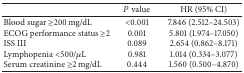
<table><thead><tr><td><b> </b></td><td><b><i>P</i> value</b></td><td><b>HR (95% CI)</b></td></tr></thead><tbody><tr><td>Blood sugar ≥200 mg/dL</td><td>&lt;0.001</td><td>7.846 (2.512–24.503)</td></tr><tr><td>ECOG performance status ≥2</td><td>0.001</td><td>5.801 (1.974–17.050)</td></tr><tr><td>ISS III</td><td>0.089</td><td>2.654 (0.862–8.171)</td></tr><tr><td>Lymphopenia &lt;500/<i>μ</i>L</td><td>0.981</td><td>1.014 (0.334–3.077)</td></tr><tr><td>Serum creatinine ≥2 mg/dL</td><td>0.444</td><td>1.560 (0.500–4.870)</td></tr></tbody></table>